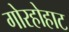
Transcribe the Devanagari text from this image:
गोरहोहाट